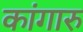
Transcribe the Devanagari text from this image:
कांगारु